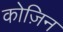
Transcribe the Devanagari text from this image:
कोज़िन